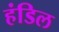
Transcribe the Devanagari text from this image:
हंडिल